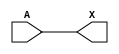
module sky130_fd_sc_hd__clkdlybuf4s15_6 (
    X,
    A
);
    output X;
    input  A;
    wire buf0_out_X;
    buf buf0 (buf0_out_X, A              );
    buf buf1 (X         , buf0_out_X     );
endmodule